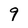
Character: 9